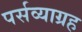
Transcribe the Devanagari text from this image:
पर्सव्याग्रह